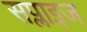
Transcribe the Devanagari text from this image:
सप्लाइज